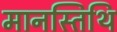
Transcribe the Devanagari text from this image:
मानस्तिथि